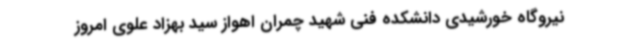
نیروگاه خورشیدی دانشکده فنی شهید چمران اهواز سید بهزاد علوی امروز